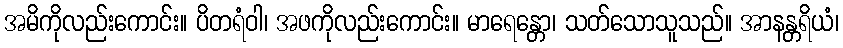
အမိကိုလည်းကောင်း။ ပိတရံဝါ၊ အဖကိုလည်းကောင်း။ မာရေန္တော၊ သတ်သောသူသည်။ အာနန္တရိယံ၊